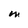
Character: m